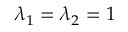
\lambda _ { 1 } = \lambda _ { 2 } = 1